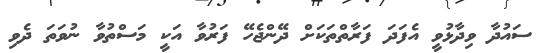
ސައުދާ ވިދާޅުވީ އެފަދަ ފަރާތްތަކަށް ދޭންޖެހޭ ފަރުވާ އަކީ މަސްތުވާ ނުވަތަ ދެވި